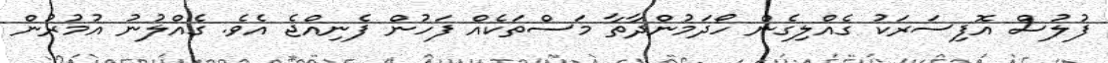
ފުލުސް އޮފިސަރަކު ގެއްލިގެން ހޯދަމުންދާތާ މަސްތަކެއް ފަހުން ފެނިއްޖެ އެވެ. ގެއްލުނު އުމުރުން